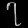
Digit: ၇